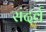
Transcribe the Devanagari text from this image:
संदर्व